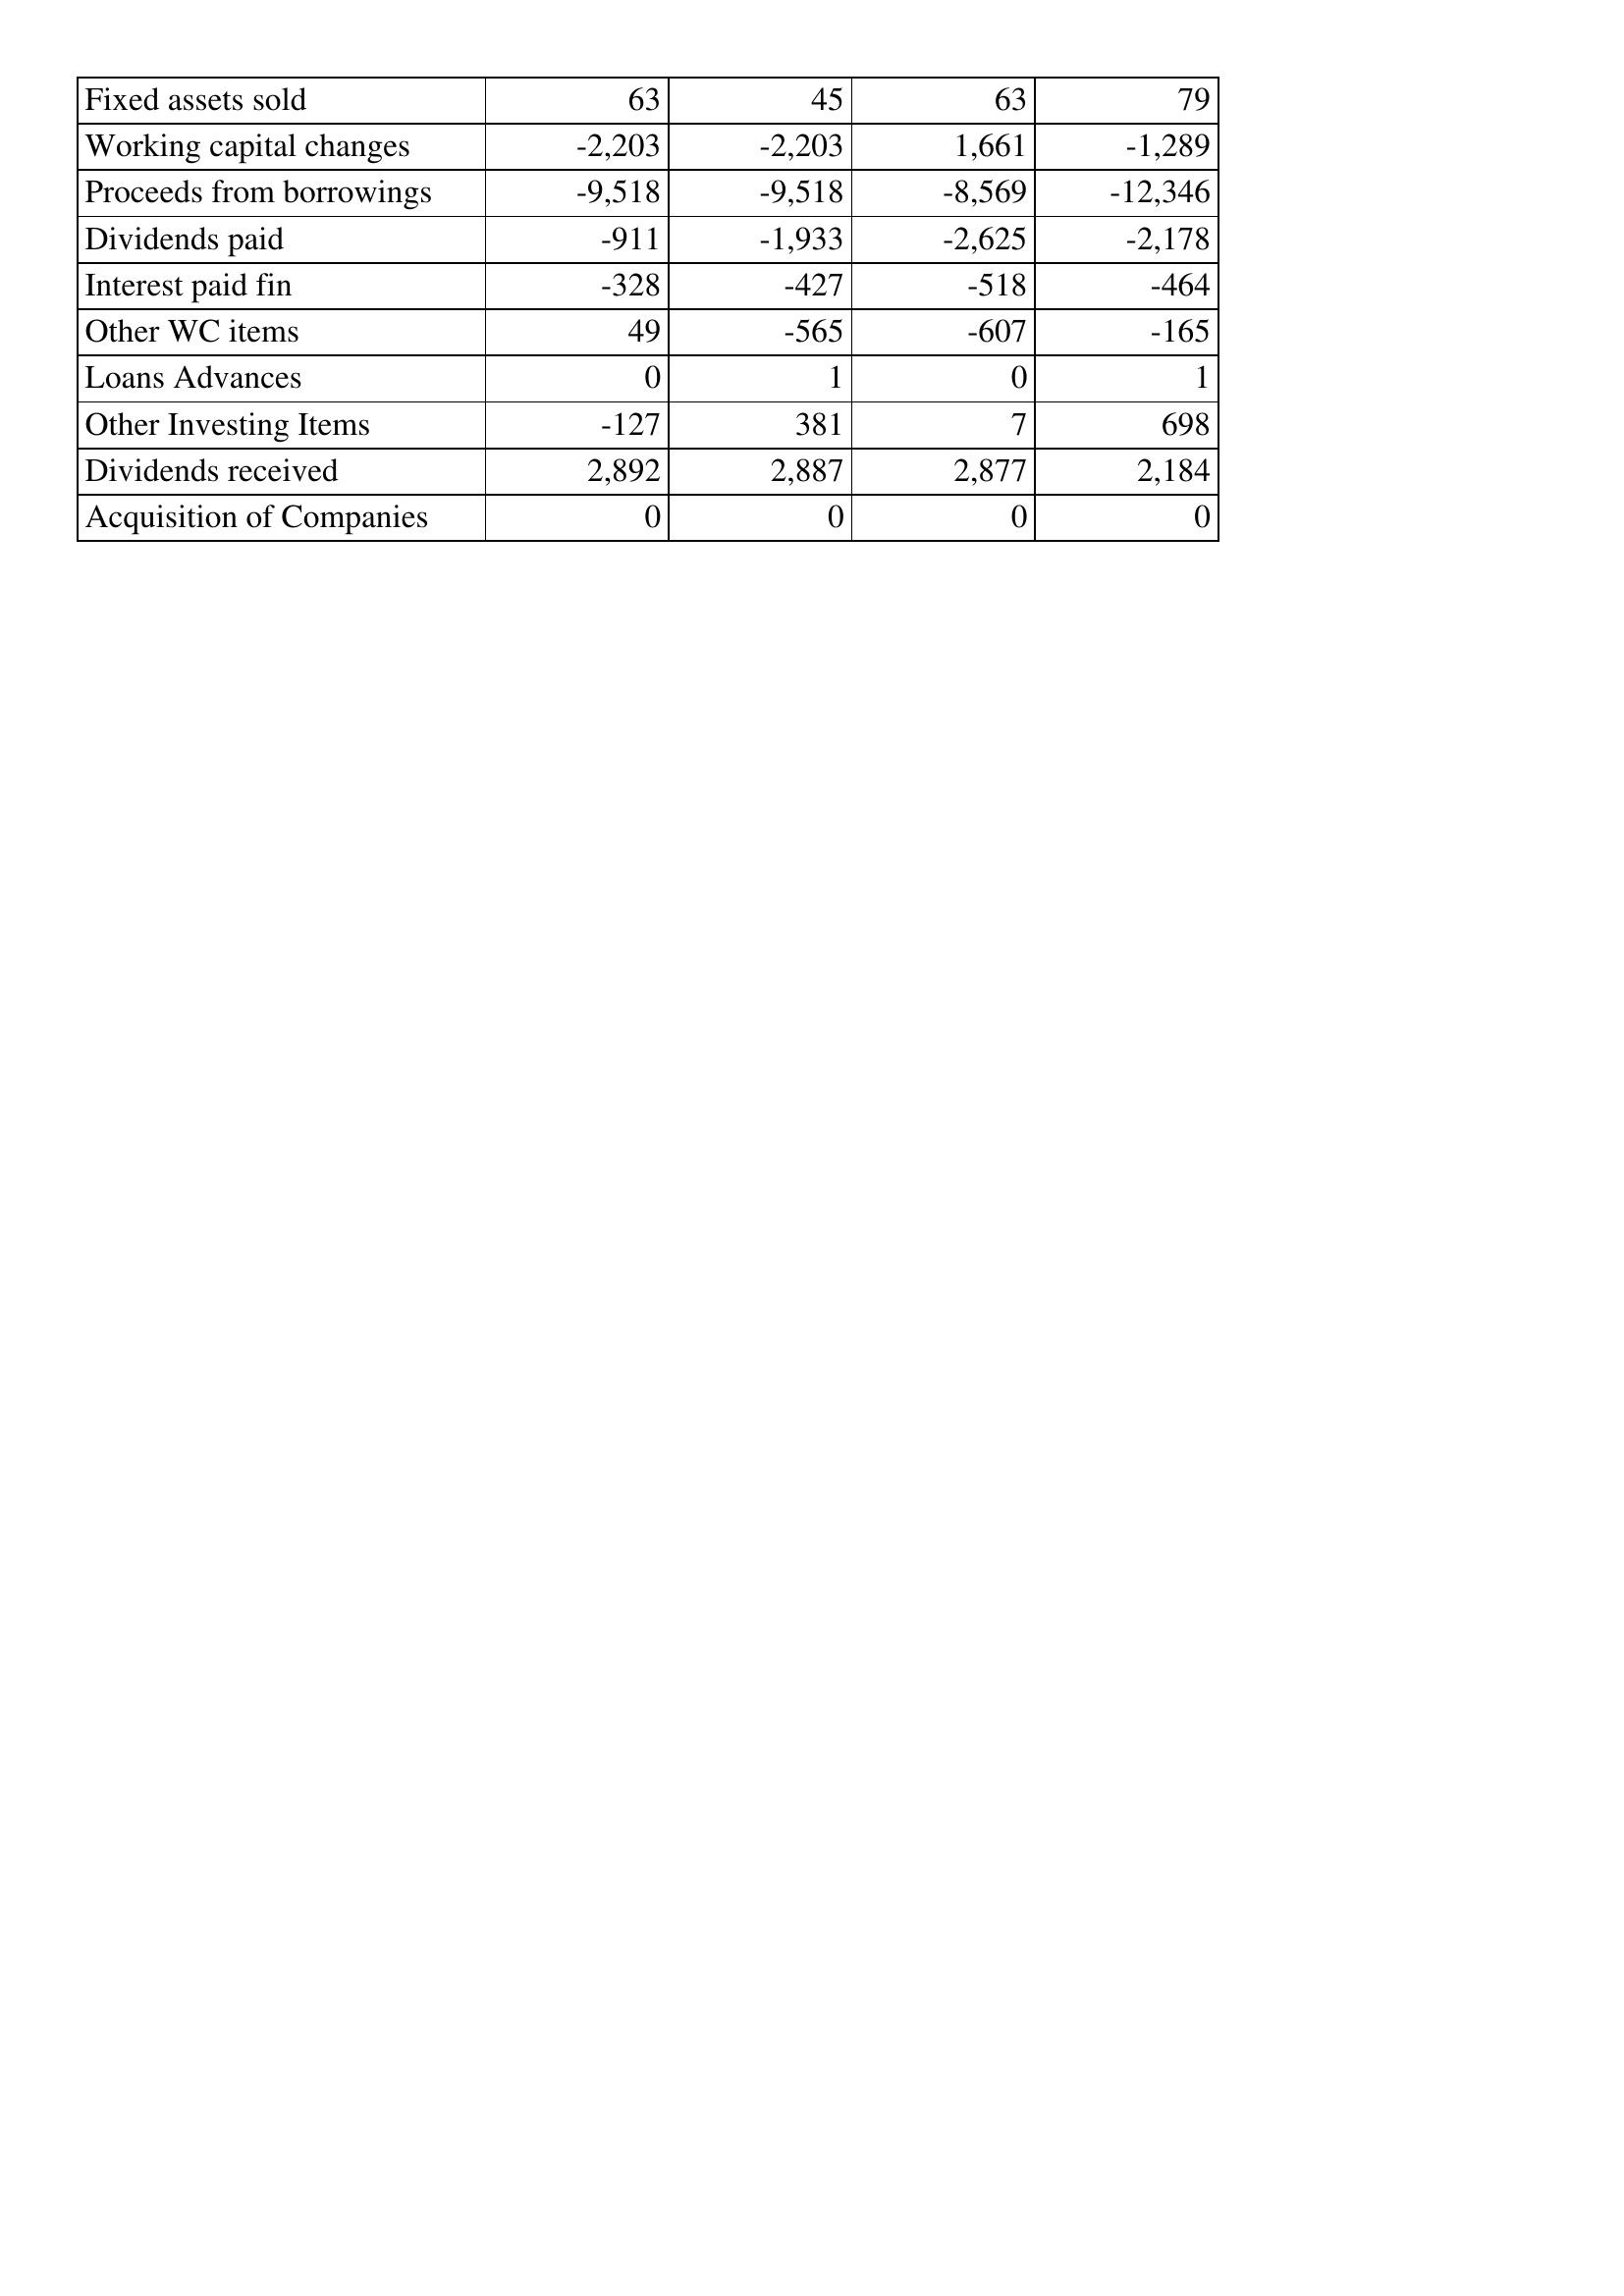
Nov-09: Cash Flows: Fixed assets sold: 63
Working capital changes: -2,203
Proceeds from borrowings: -9,518
Dividends paid: -911
Interest paid fin: -328
Other WC items: 49
Loans Advances: 0
Other Investing Items: -127
Dividends received: 2,892
Acquisition of Companies: 0
Nov-10: Cash Flows: Fixed assets sold: 45
Working capital changes: -2,203
Proceeds from borrowings: -9,518
Dividends paid: -1,933
Interest paid fin: -427
Other WC items: -565
Loans Advances: 1
Other Investing Items: 381
Dividends received: 2,887
Acquisition of Companies: 0
Nov-11: Cash Flows: Fixed assets sold: 63
Working capital changes: 1,661
Proceeds from borrowings: -8,569
Dividends paid: -2,625
Interest paid fin: -518
Other WC items: -607
Loans Advances: 0
Other Investing Items: 7
Dividends received: 2,877
Acquisition of Companies: 0
Nov-12: Cash Flows: Fixed assets sold: 79
Working capital changes: -1,289
Proceeds from borrowings: -12,346
Dividends paid: -2,178
Interest paid fin: -464
Other WC items: -165
Loans Advances: 1
Other Investing Items: 698
Dividends received: 2,184
Acquisition of Companies: 0